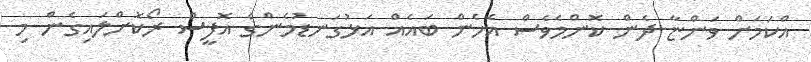
އްކަމަށް ވަންޏާ ދެން ކޮންމެވެސް އެހެން ބައެއް އަޅުގަނޑުމެންގެ އޮފީސް ރޯކޮށްލައިގެން މި